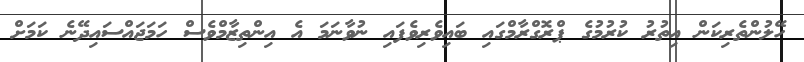
ހޭލުންތެރިކަން އިތުރު ކުރުމުގެ ޕްރޮގްރާމްގައި ބައިވެރިވެފައި ނުވާނަމަ އެ އިންތިޒާމްވެސް ހަމަޖައްސައިދޭނެ ކަމަށް